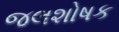
જલશોષક